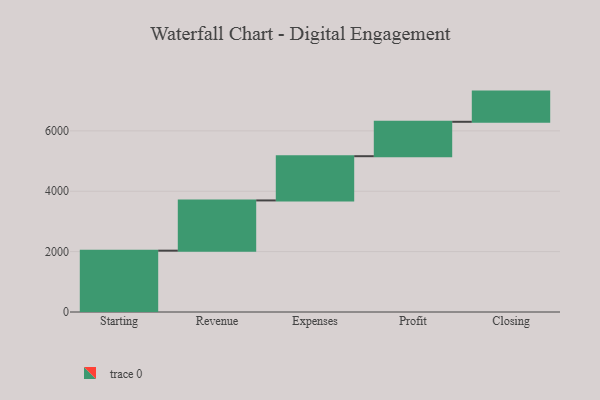
{"axis": {"x": "Step", "y": "Value"}, "legend": [""], "data": [{"x": "Starting", "y": 2032.0, "type": ""}, {"x": "Revenue", "y": 1664.0, "type": ""}, {"x": "Expenses", "y": 1465.0, "type": ""}, {"x": "Profit", "y": 1140.0, "type": ""}, {"x": "Closing", "y": 1000, "type": ""}]}